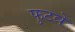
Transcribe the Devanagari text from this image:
फुटवे